Leaving Certificate Examination (including Day School Certificate (Higher) General paper), 1932
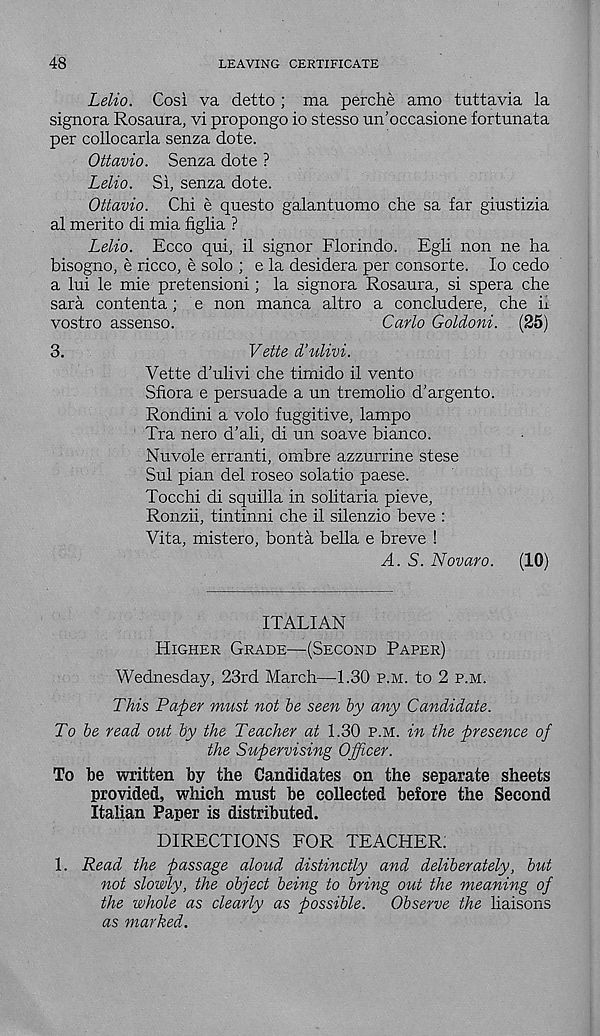
48
LEAVING CERTIFICATE
Lelio. Cosi va detto ; ma perche amo tuttavia la
signora Rosaura, vi propongo io stesso un’occasione fortunata
per collocarla senza dote.
Ottavio. Senza dote ?
Lelio. Si, senza dote.
Ottavio. Chi e questo galantuomo che sa far giustizia
al merito di mia figlia ?
Lelio. Ecco qui, il signor Florindo. Egli non ne ha
bisogno, e ricco, e solo ; e la desidera per consorte. lo cedo
a lui le mie pretension!; la signora Rosaura, si spera che
sara contenta; e non manca altro a concludere, che h
vostro assenso.
Carlo Goldoni. (25)
3.
Vette d’ulivi.
Vette d’ulivi che tirnido il vento
Sfiora e persuade a un tremolio d’argento.
Rondini a volo fuggitive, lampo
Tra nero d’ali, di un soave bianco.
Nuvole erranti, ombre azzurrine stese
Sul plan del roseo solatio paese.
Tocchi di squilla in solitaria pieve,
Ronzii, tintinni che il silenzio beve :
Vita, mistero, bonta bella e breve !
A. S. Novaro.
(10)
ITALIAN
Higher Grade—(Second Paper)
Wednesday, 23rd March—1.30 p.m. to 2 p.m.
This Paper must not be seen by any Candidate.
To be read out by the Teacher at 1.30 p.m. in the presence of
the Supervising Officer.
To be written by the Candidates on the separate sheets
provided, which must be collected before the Second
Italian Paper is distributed.
DIRECTIONS FOR TEACHER:
1. Read the passage aloud distinctly and deliberately, but
not slowly, the object being to bring out the meaning of
the whole as clearly as possible.
Observe the liaisons
as marked.